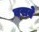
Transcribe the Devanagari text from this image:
बसवे